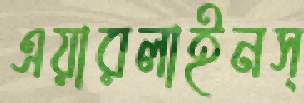
এয়ারলাইনস্